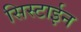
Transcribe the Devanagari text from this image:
सिस्टाईन